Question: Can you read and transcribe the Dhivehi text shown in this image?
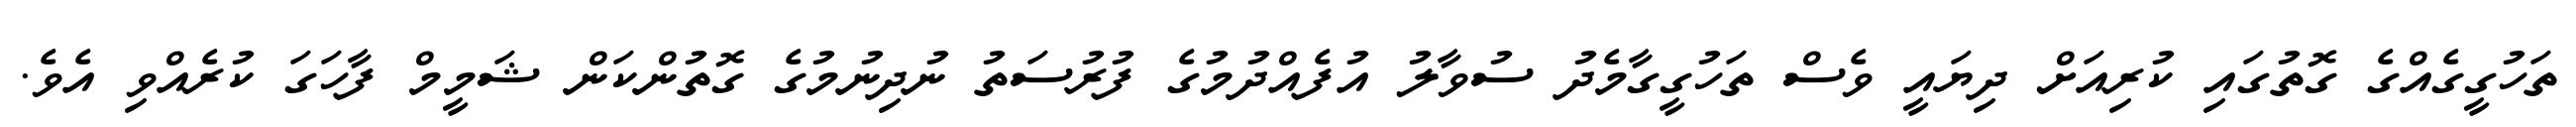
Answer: ތަހުގީގެއްގެ ގޮތުގައި ކުރިއަށް ދިޔައީ ވެސް ތަހުގީގާމެދު ސުވާލު އުފެއްދުމުގެ ފުރުސަތު ނުދިނުމުގެ ގޮތުންކަން ޝަމީމް ފާހަގަ ކުރެއްވި އެވެ.